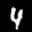
Digit: 4